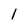
Character: 1